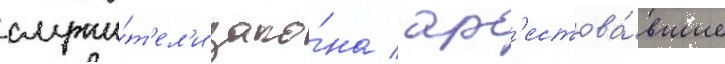
служи́т'ел'и зако́на / ар'естова́вшие